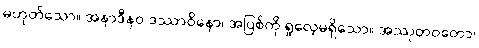
မဟုတ်သော။ အနာဒီနဝ ဒဿာဝိနော၊ အပြစ်ကို ရှုလေ့မရှိသော။ အဿုတဝတော၊